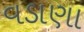
વડાણા